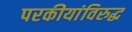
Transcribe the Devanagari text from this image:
परकीयांविरुद्ध